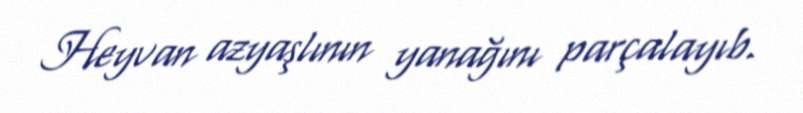
Heyvan azyaşlının yanağını parçalayıb.